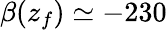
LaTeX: \beta(z_{f})\simeq-230